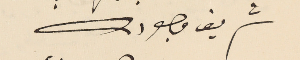
شريف وجودكم